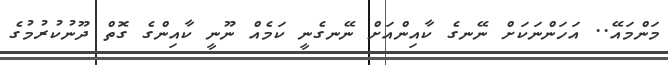
މަންމައޭ.. އަހަންނަކަށް ނޭނގެ ކާއިންއަށް ނޭނގެނީ ކަމެއް ނޫނީ ކާއިންގެ ގޮތް ދޫނުކުރުމުގެ